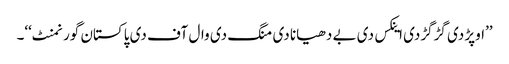
’’اوپڑ دی گڑگڑدی اینکس دی بے دھیانا دی منگ دی وال آف دی پاکستان گورنمنٹ‘‘۔